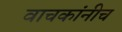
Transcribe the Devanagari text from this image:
वाचकांनीच